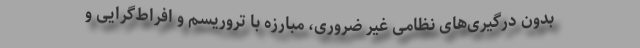
بدون درگیری‌های نظامی غیر ضروری، مبارزه با تروریسم و افراط‌گرایی و